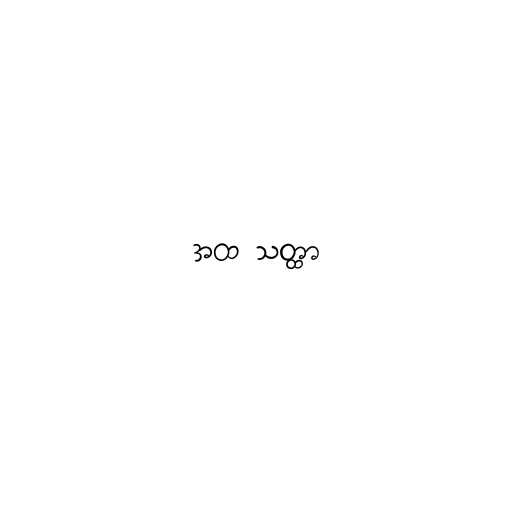
အထ သတ္ထာ